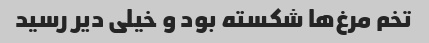
تخم مرغ‌ها شکسته بود و خیلی دیر رسید